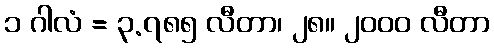
၁ ဂါလံ = ၃.၇၈၅ လီတာ၊ ၂၈။ ၂၀၀၀ လီတာ